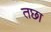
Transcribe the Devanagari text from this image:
तछा